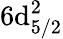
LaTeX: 6\mathrm{d}_{5/2}^{2}